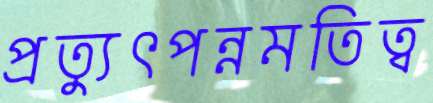
প্রত্যুৎপন্নমতিত্ব